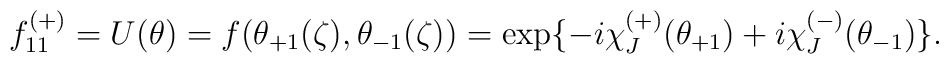
f^{(+)}_{11}=U(\theta)=f(\theta_{+1}(\zeta),\theta_{-1}(\zeta))=\exp \{ -i\chi^{(+)}_{J}(\theta_{+1})+i\chi^{(-)}_{J}(\theta_{-1}) \}.